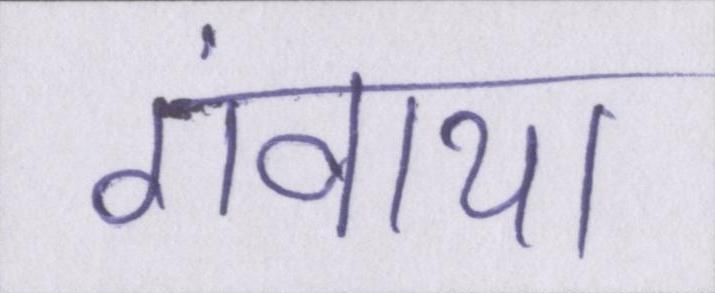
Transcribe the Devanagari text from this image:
गंवाया